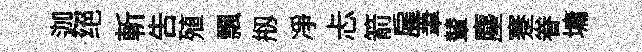
迦绝斬告殖飄剏净忐箭雇茟輦麈蹇眷墉